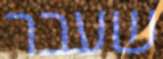
שעבר